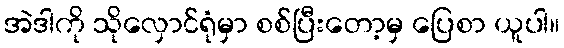
အဲဒါကို သိုလှောင်ရုံမှာ စစ်ပြီးတော့မှ ပြေစာ ယူပါ။